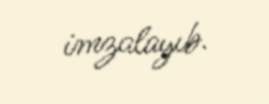
imzalayıb.